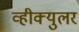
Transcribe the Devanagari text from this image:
व्हीक्युलर